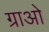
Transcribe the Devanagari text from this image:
ग्राओ